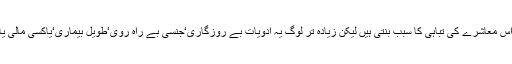
یہ معاشرے میں ایک انتہائی خطرناک وباءہے جو کہ معاشرے کو کھوکھلا کرکے اس معاشرے کی تباہی کا سبب بنتی ہیں لیکن زیادہ تر لوگ یہ ادویات بے روزگاری‘جنسی بے راہ روی‘طویل بیماری‘یاکسی مالی یاسماجی مسئلہ سےپیداہونے والی پریشانیوں کو دور کرنے کیلئے استعمال کرتے ہیں۔